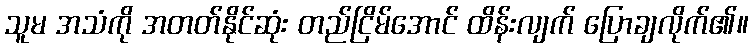
သူမ အသံကို အတတ်နိုင်ဆုံး တည်ငြိမ်အောင် ထိန်းလျက် ပြောချလိုက်၏။